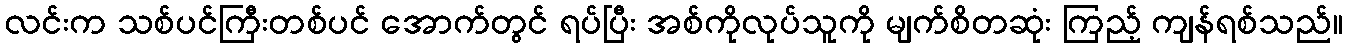
လင်းက သစ်ပင်ကြီးတစ်ပင် အောက်တွင် ရပ်ပြီး အစ်ကိုလုပ်သူကို မျက်စိတဆုံး ကြည့် ကျန်ရစ်သည်။